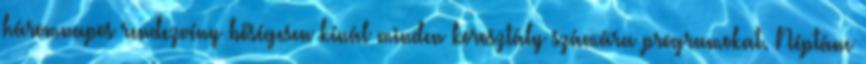
háromnapos rendezvény bőségesen kínál minden korosztály számára programokat. Néptánc